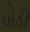
ઘોડી